Madras plague regulations in force outside the Presidency town - Volume 2
Disease focus: Plague
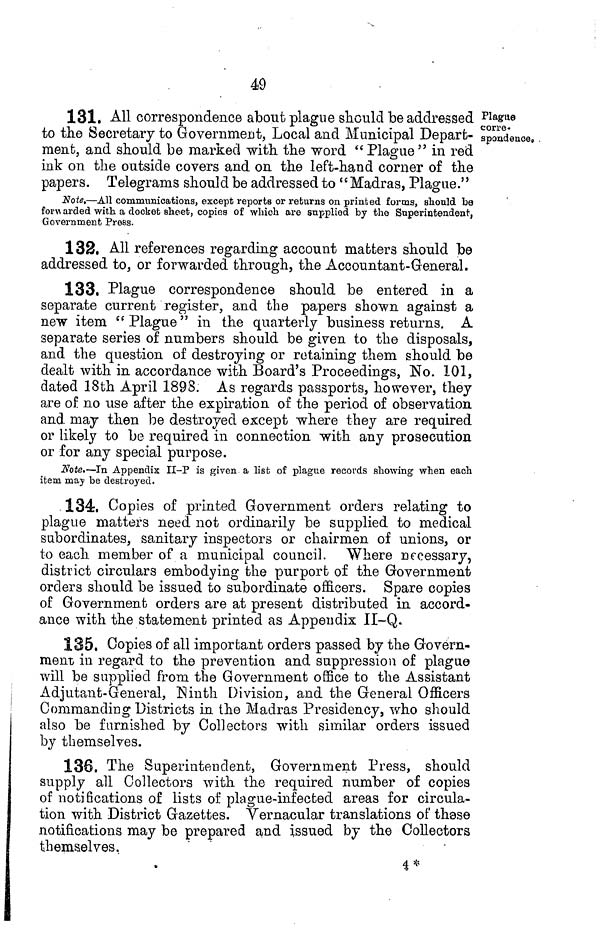
49
Plague
corre-
spondence.
131. All correspondence about plague should be addressed
to the Secretary to Government, Local and Municipal Depart-
ment, and should be marked with the word "Plague" in red
ink on the outside covers and on the left-hand corner of the
papers. Telegrams should be addressed to " Madras, Plague.''
Note.—AH communications, except reports or returns on printed forms, should be
forwarded with a docket sheet, copies of which are supplied by the Superintendent,
Government Press.
132. All references regarding account matters should be
addressed to, or forwarded through, the Accountant-General.
133. Plague correspondence should be entered in a
separate current register, and the papers shown against a
new item "Plague" in the quarterly business returns. A
separate series of numbers should be given to the disposals,
and the question of destroying or retaining them should be
dealt with in accordance with Board's Proceedings, No. 101,
dated 18th April 1893. As regards passports, however, they
are of no use after the expiration of the period of observation
and may then be destroyed except where they are required
or likely to be required in connection with any prosecution
or for any special purpose.
Note.—In Appendix II-P is given a list of plague records showing when each
item may be destroyed.
134. Copies of printed Government orders relating to
plague matters need not ordinarily be supplied to medical
subordinates, sanitary inspectors or chairmen of unions, or
to each member of a municipal council. Where necessary,
district circulars embodying the purport of the Government
orders should be issued to subordinate officers. Spare copies
of Government orders are at present distributed in accord-
ance with the statement printed as Appendix II-Q.
135. Copies of all important orders passed by the Govern-
ment in regard to the prevention and suppression of plague
will be supplied from the Government office to the Assistant
Adjutant-General, Ninth Division, and the General Officers
Commanding Districts in the Madras Presidency, who should
also be furnished by Collectors with similar orders issued
by themselves.
138. The Superintendent, Government Press, should
supply all Collectors with the required number of copies
of notifications of lists of plague-infected areas for circula-
tion with District Gazettes. Vernacular translations of these
notifications may be prepared and issued by the Collectors
themselves.
4*